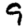
Digit: 9